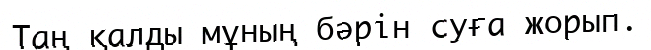
Таң қалды мұның бәрін суға жорып.